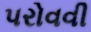
પરોવવી